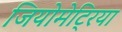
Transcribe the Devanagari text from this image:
जियोमेट्रिया